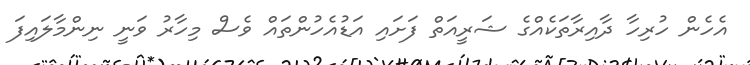
އެހެން ހުރިހާ ދާއިރާތަކެއްގެ ޝަރީއަތް ފަށައި އަޑުއެހުންތައް ވެސް މިހާރު ވަނީ ނިންމާލައިފަ